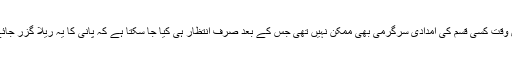
رات کے اندھیرے اور دور دراز علاقے میں اس وقت کسی قسم کی امدادی سرگرمی بھی ممکن نہیں تھی جس کے بعد صرف انتظار ہی کیا جا سکتا ہے کہ پانی کا یہ ریلا گزر جائے تو تمام مسافر اپنی منزل کی طرف بڑھ سکیں۔